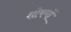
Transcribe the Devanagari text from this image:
शोषणों